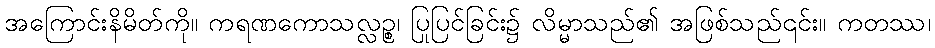
အကြောင်းနိမိတ်ကို။ ကရဏကောသလ္လဉ္စ၊ ပြုပြင်ခြင်း၌ လိမ္မာသည်၏ အဖြစ်သည်၎င်း။ ကတဿ၊